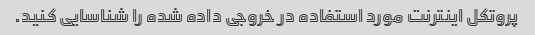
پروتکل اینترنت مورد استفاده در خروجی داده شده را شناسایی کنید.